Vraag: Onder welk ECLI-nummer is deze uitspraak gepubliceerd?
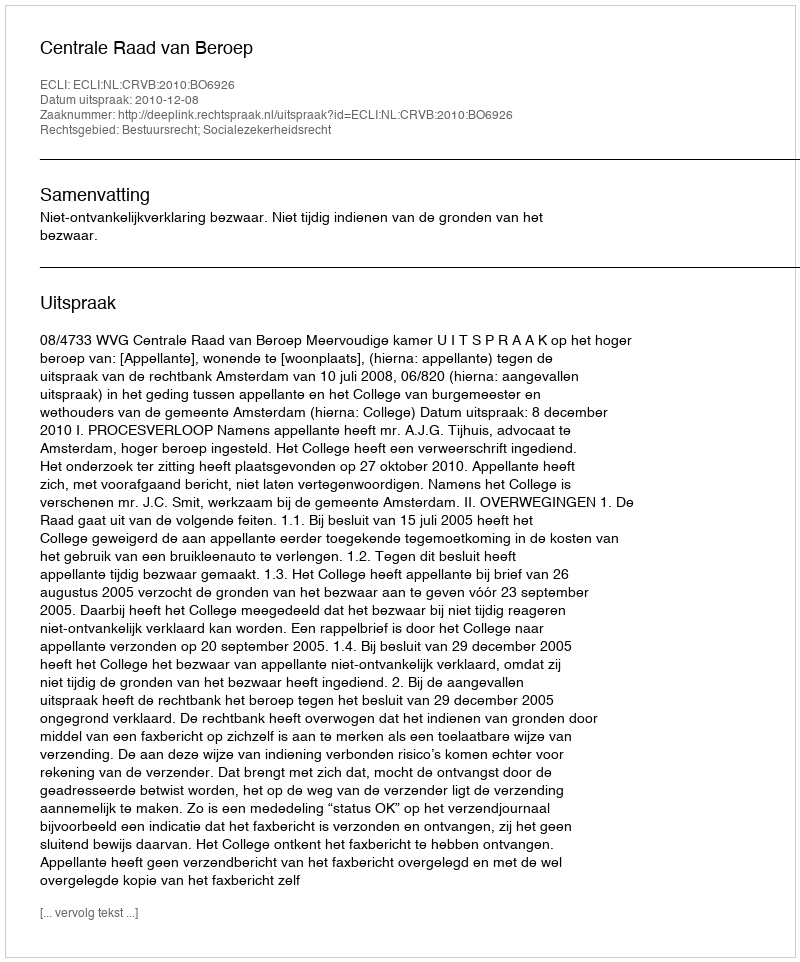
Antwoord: ECLI:NL:CRVB:2010:BO6926